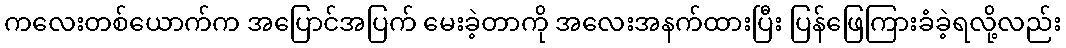
ကလေးတစ်ယောက်က အပြောင်အပြက် မေးခဲ့တာကို အလေးအနက်ထားပြီး ပြန်ဖြေကြားခံခဲ့ရလို့လည်း